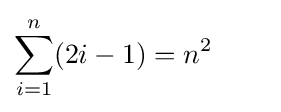
\sum _{i=1}^{n}(2i-1)=n^{2}\qquad